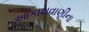
આકાશવાણીના